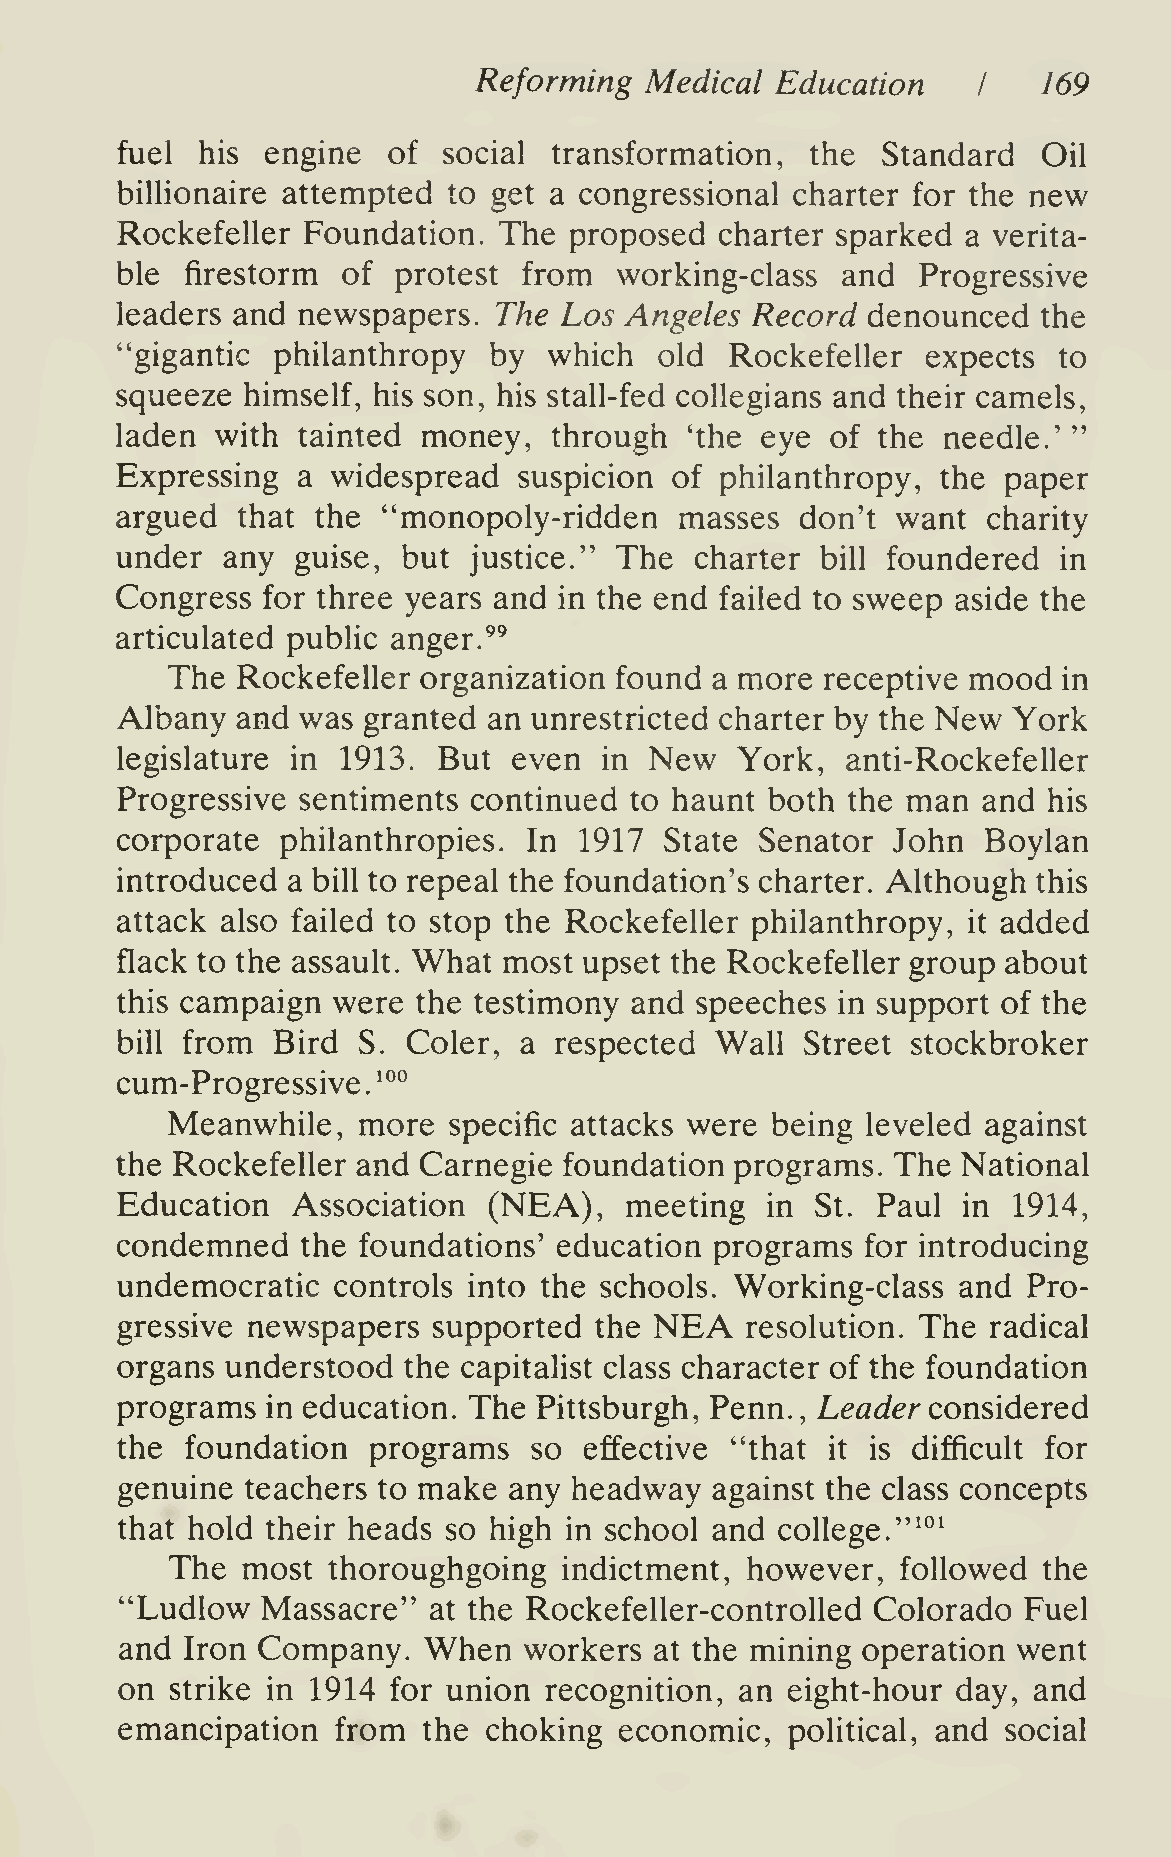
Reforming   Medical Education         169
 I
 fuel his  engine  of social  transformation,  the Standard   Oil
 billionaire attempted to get a congressional charter for the new
 Rockefeller Foundation.  The  proposed  charter sparked a verita-
 ble firestorm  of protest  from  working-class  and  Progressive
 leaders and newspapers.  The Los Angeles  Record denounced   the
 "gigantic philanthropy  by  which   old Rockefeller  expects  to
 squeeze himself, his son, his stall-fed collegians and their camels,
 "
 laden with  tainted money,   through  'the eye of the needle.'
 Expressing  a widespread  suspicion of  philanthropy, the paper
 argued  that the "monopoly-ridden    masses  don't want  charity
 under  any  guise, but justice." The  charter bill foundered  in
 Congress for three years and in the end failed to sweep aside the
 articulated public anger.^^
 The  Rockefeller organization found a more  receptive mood in
 Albany  and was granted an unrestricted charter by the New York
 legislature in 1913. But  even  in New   York,  anti-Rockefeller
 Progressive sentiments continued  to haunt both the man  and his
 corporate  philanthropies. In 1917  State Senator  John  Boylan
 introduced a bill to repeal the foundation's charter. Although this
 attack also failed to stop the Rockefeller philanthropy,  added
 it
 flack to the assault. What most upset the Rockefeller group about
 this campaign were  the testimony and speeches in support of the
 bill from Bird  S. Coler, a  respected Wall  Street stockbroker
 cum-Progressive   °"
 ^
 .
 Meanwhile,   more  specific attacks were being leveled against
 the Rockefeller and Carnegie foundation  programs. The  National
 Education  Association  (NEA),   meeting   in St. Paul  in 1914,
 condemned   the foundations' education programs  for introducing
 undemocratic  controls into the schools. Working-class and  Pro-
 NEA
 gressive newspapers  supported the       resolution. The  radical
 organs understood  the capitalist class character of the foundation
 programs  in education. The Pittsburgh, Penn., Leader considered
 the foundation  programs   so  effective "that it is difficult for
 genuine teachers to make  any headway  against the class concepts
 that hold their heads so high in school and college."*°^
 The  most  thoroughgoing  indictment,  however,  followed the
 "Ludlow  Massacre"  at the Rockefeller-controlled Colorado  Fuel
 and Iron Company.   When   workers at the mining operation went
 on strike in 1914 for union recognition, an eight-hour day, and
 emancipation  from  the choking  economic,  political, and social